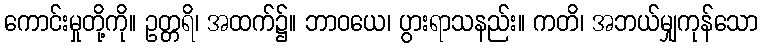
ကောင်းမှုတို့ကို။ ဥတ္တရိ၊ အထက်၌။ ဘာဝယေ၊ ပွားရာသနည်း။ ကတိ၊ အဘယ်မျှကုန်သော